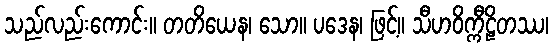
သည်လည်းကောင်း။ တတိယေန၊ သော။ ပဒေန၊ ဖြင့်။ သီဟဝိက္ကီဠိတဿ၊